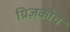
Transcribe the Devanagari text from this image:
ग्रिज़कोच